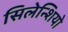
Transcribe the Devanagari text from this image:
सिलेन्शियो